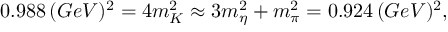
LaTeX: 0 . 9 8 8 \, ( G e V ) ^ { 2 } = 4 m _ { K } ^ { 2 } \approx 3 m _ { \eta } ^ { 2 } + m _ { \pi } ^ { 2 } = 0 . 9 2 4 \, ( G e V ) ^ { 2 } ,